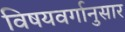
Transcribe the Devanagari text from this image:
विषयवर्गानुसार